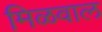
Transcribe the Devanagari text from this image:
मिळवाल